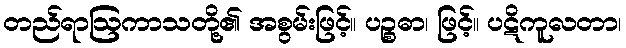
တည်ရာဩကာသတို့၏ အစွမ်းဖြင့်။ ပဉ္စဓာ၊ ဖြင့်။ ပဋိကူလတာ၊